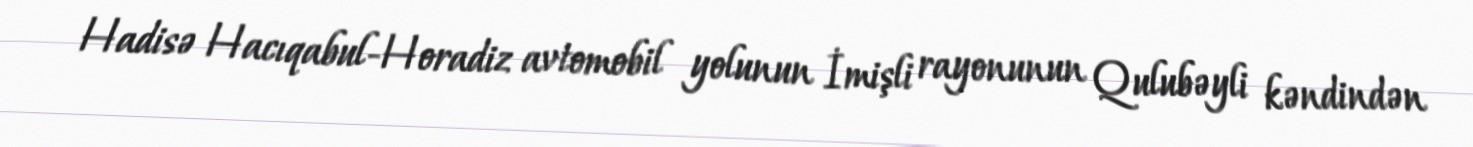
Hadisə Hacıqabul-Horadiz avtomobil yolunun İmişli rayonunun Qulubəyli kəndindən